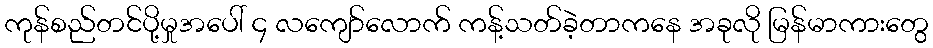
ကုန်စည်တင်ပို့မှုအပေါ် ၄ လကျော်လောက် ကန့်သတ်ခဲ့တာကနေ အခုလို မြန်မာကားတွေ